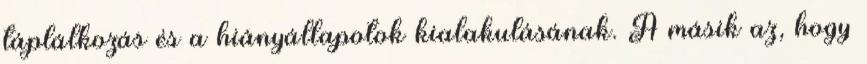
táplálkozás és a hiányállapotok kialakulásának. A másik az, hogy